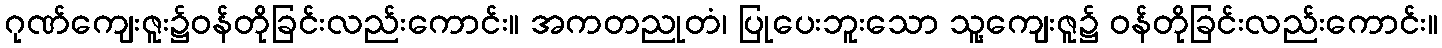
ဂုဏ်ကျေးဇူး၌ဝန်တိုခြင်းလည်းကောင်း။ အကတညုတံ၊ ပြုပေးဘူးသော သူ့ကျေးဇူ၌ ဝန်တိုခြင်းလည်းကောင်း။